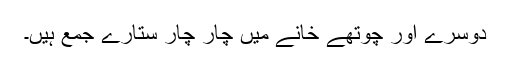
دوسرے اور چوتھے خانے میں چار چار ستارے جمع ہیں۔